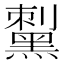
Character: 𪑟